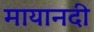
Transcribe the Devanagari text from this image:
मायानदी